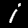
Digit: 1